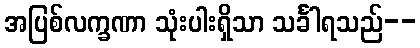
အပြစ်လက္ခဏာ သုံးပါးရှိသာ သင်္ခါရသည်--